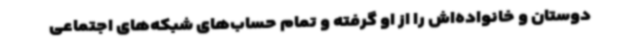
دوستان و خانواده‌اش را از او گرفته و تمام حساب‌های شبکه‌های اجتماعی